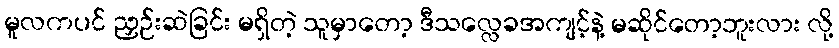
မူလကပင် ညှဉ်းဆဲခြင်း မရှိတဲ့ သူမှာတော့ ဒီသလ္လေခအကျင့်နဲ့ မဆိုင်တော့ဘူးလား လို့